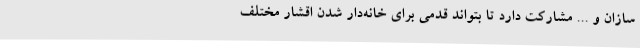
‌سازان و ... مشارکت دارد تا بتواند قدمی برای خانه‌دار شدن اقشار مختلف